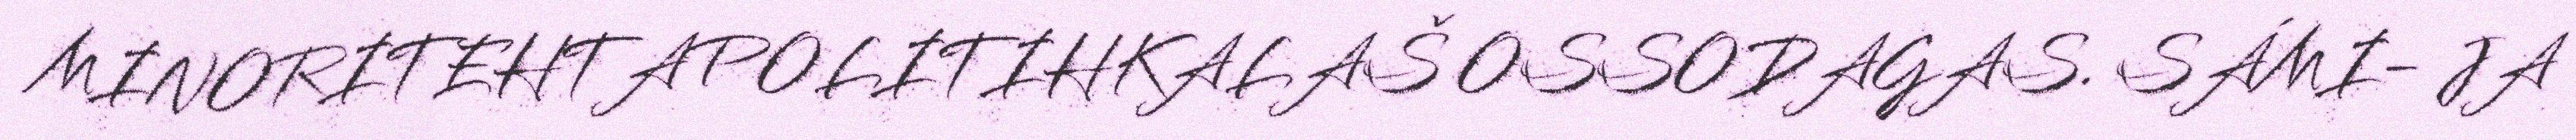
MINORITEHTAPOLITIHKALAŠ OSSODAGAS. SÁMI- JA